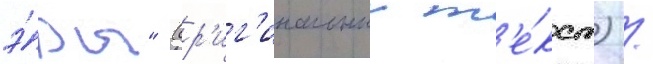
э́ры" (ор'иг'инальныи т'е́кст) /